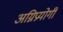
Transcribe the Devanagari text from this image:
अग्निप्रयोगी